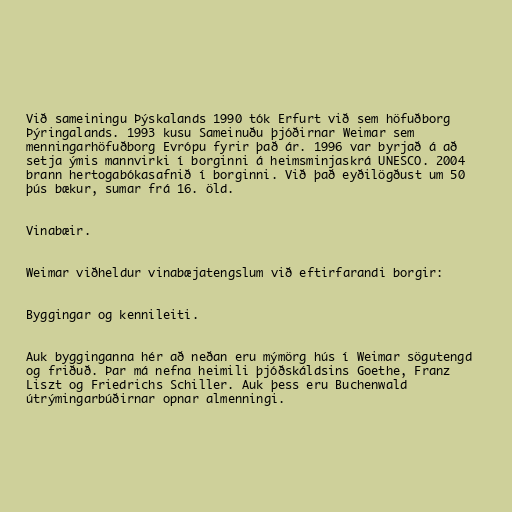
Við sameiningu Þýskalands 1990 tók Erfurt við sem höfuðborg
Þýringalands. 1993 kusu Sameinuðu þjóðirnar Weimar sem
menningarhöfuðborg Evrópu fyrir það ár. 1996 var byrjað á að
setja ýmis mannvirki í borginni á heimsminjaskrá UNESCO. 2004
brann hertogabókasafnið í borginni. Við það eyðilögðust um 50
þús bækur, sumar frá 16. öld.

Vinabæir.

Weimar viðheldur vinabæjatengslum við eftirfarandi borgir:

Byggingar og kennileiti.

Auk bygginganna hér að neðan eru mýmörg hús í Weimar sögutengd
og friðuð. Þar má nefna heimili þjóðskáldsins Goethe, Franz
Liszt og Friedrichs Schiller. Auk þess eru Buchenwald
útrýmingarbúðirnar opnar almenningi.